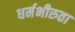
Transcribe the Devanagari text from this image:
धर्मभीरुता